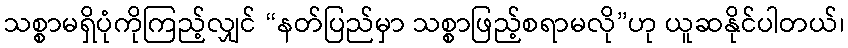
သစ္စာမရှိပုံကိုကြည့်လျှင် “နတ်ပြည်မှာ သစ္စာဖြည့်စရာမလို”ဟု ယူဆနိုင်ပါတယ်၊